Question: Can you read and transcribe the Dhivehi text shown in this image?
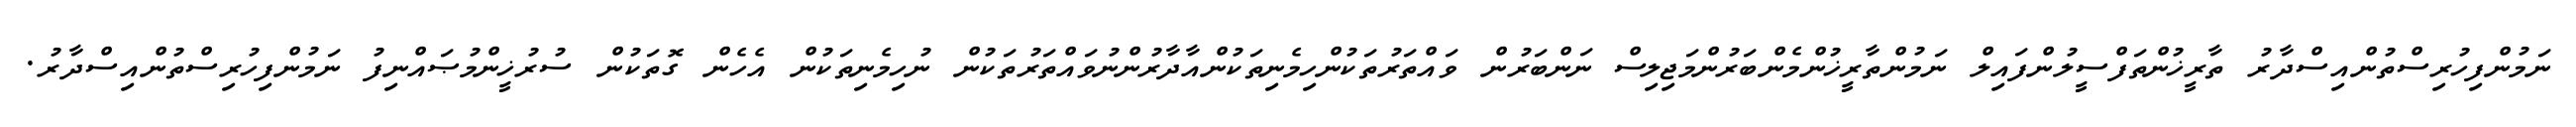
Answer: ނަމުންފިހުރިސްތުންއިސްދާރު ތާރީޚުންތަފްސީލުންފައިލް ނަމުންތާރީޚުންމެންބަރުންމަޖިލިސް ނަންބަރުން ވައްތަރުތަކުންހިމެނިތަކުންއާދާރުންނުވައްތަރުތަކުން ނުހިމެނިތަކުން އެހެން ގޮތަކުން ސުރުޚީންމުޞައްނިފު ނަމުންފިހުރިސްތުންއިސްދާރު.